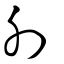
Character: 刖